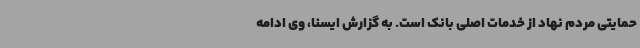
حمایتی مردم نهاد از خدمات اصلی بانک است. به گزارش ایسنا، وی ادامه